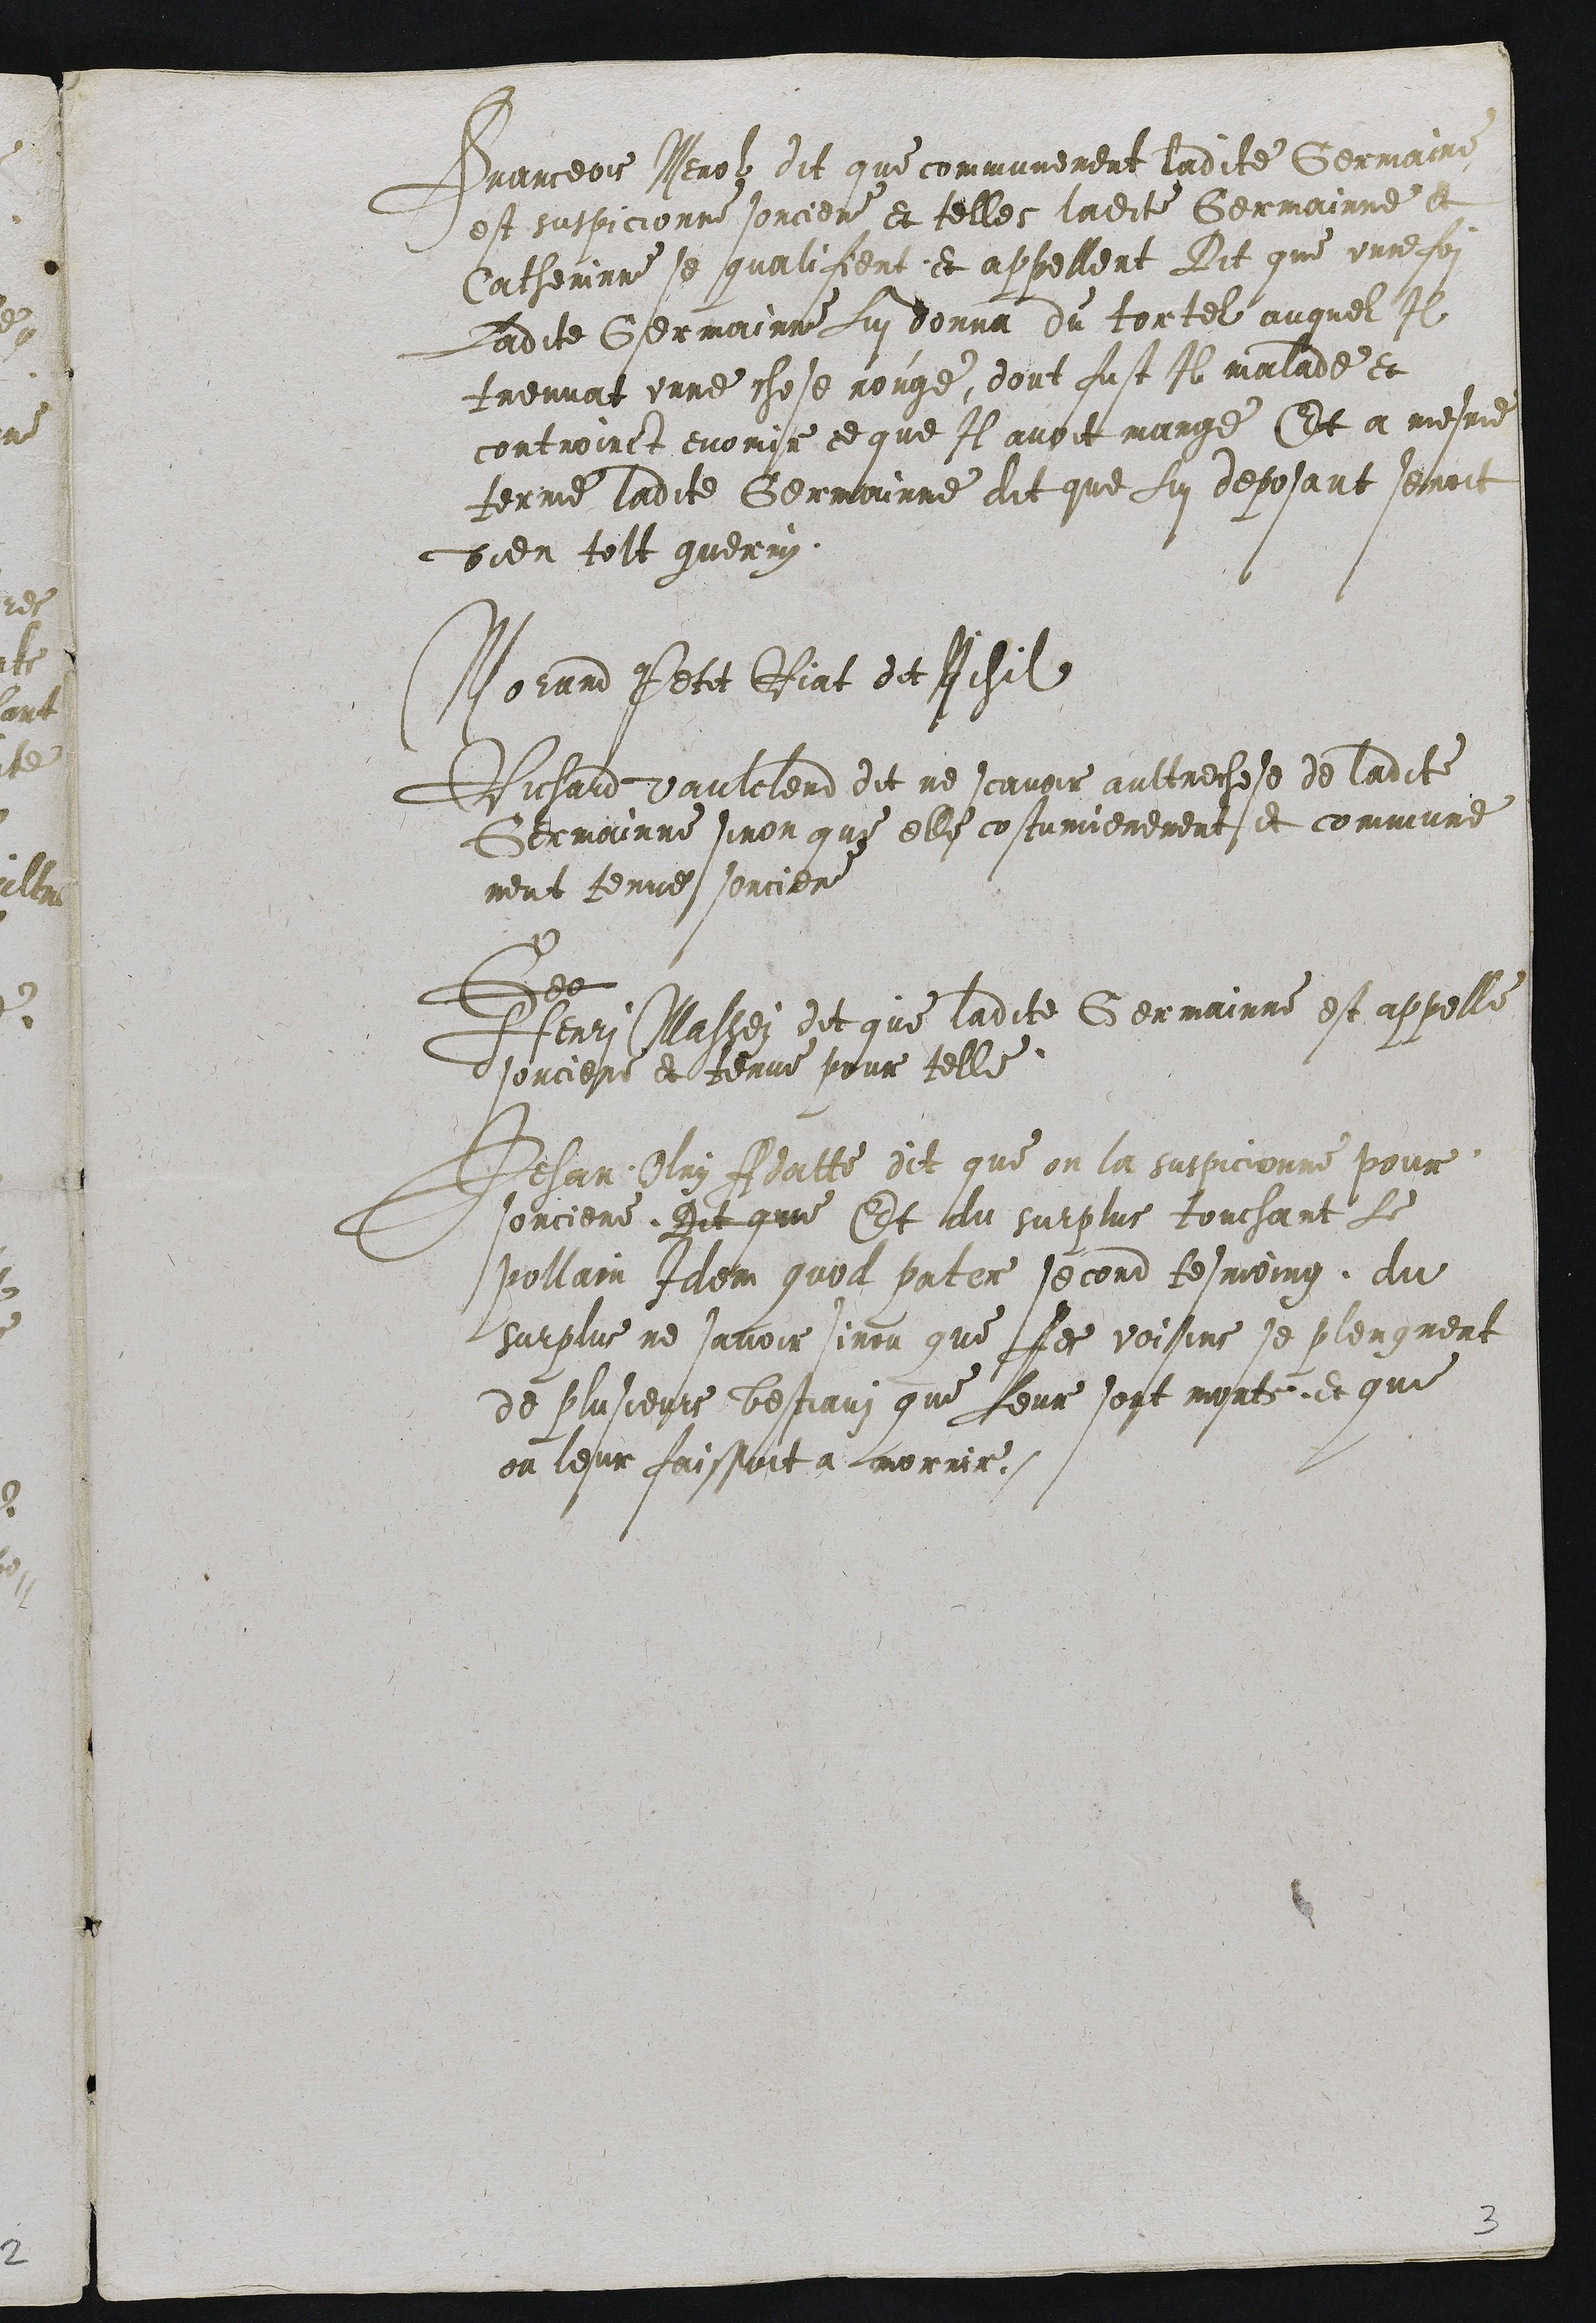
Pranceois Nerolz dit que communement ladite Germaind
est suspicionne sorciere et telle ladite Germainne et
Catherinne se qualifient et appellent Dit que unne fon
Ladite Germainne Lui donna du tortel auquel Il
treuvat unne chose rouge, dont fust Il malade et
contrainct enoinse ce que Il avoit mange Et a mesme
terme ladite Germainne dit que Lui deposant senroit
bien tolt guerry

Norand Petit Riat dit Richil
Dichard daulclerd dit ne scavoir aultrechese de ladite
Germainne sinon que elle costumierement et commune
ment tenue sorciere
Des
Henri Massei dit que ladite Germainne est appelle
tsorciere et tenue pour telle
Dehan Aluy Alatte dit que on la suspicionne pour
sorciere Dit que Et au surplus touchant Le
pollain Ialem quol pater second tesmoing du
surplus ne savoir sinou que Les voisins se plensment
de plusieurs bestiauz que Leur sont mort, et que
on leur faissoit a morrir.

3